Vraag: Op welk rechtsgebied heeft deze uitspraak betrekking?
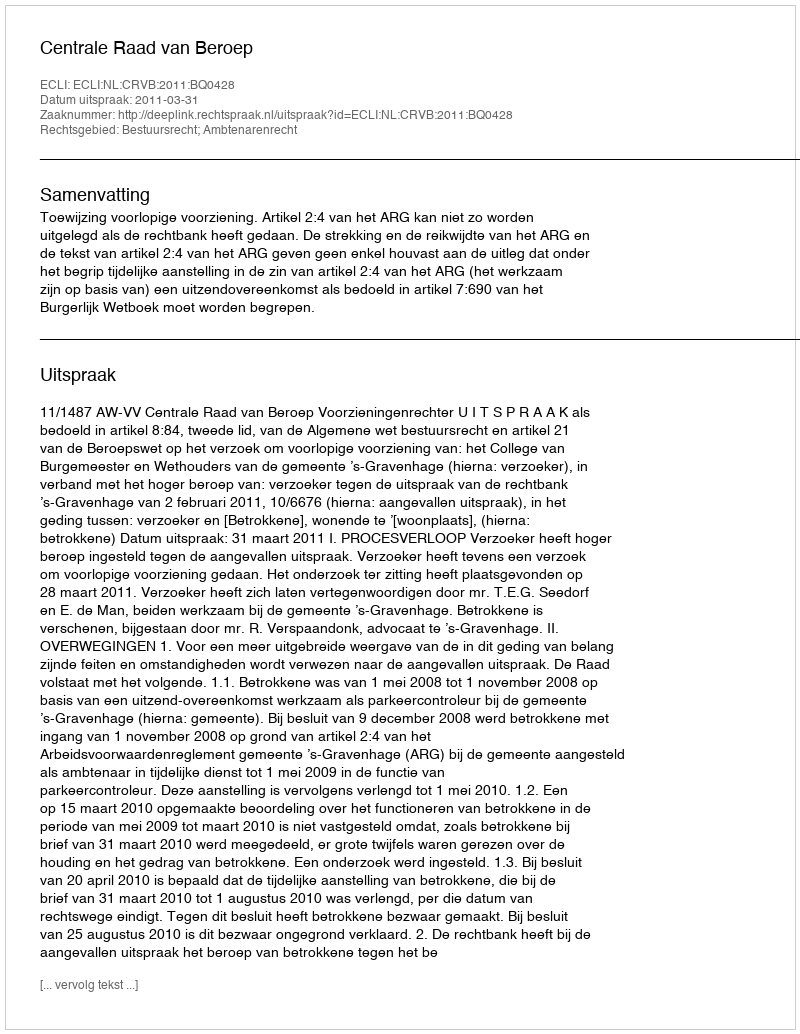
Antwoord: Bestuursrecht; Ambtenarenrecht